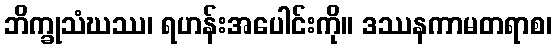
ဘိက္ခုသံဃဿ၊ ရဟန်းအပေါင်းကို။ ဒဿနကာမတရာစ၊